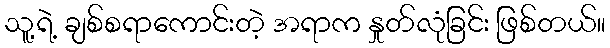
သူ့ရဲ့ ချစ်စရာကောင်းတဲ့ အရာက နှုတ်လုံခြင်း ဖြစ်တယ်။